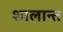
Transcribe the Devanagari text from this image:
शालान्‍त